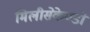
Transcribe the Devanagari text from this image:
मिलीसेकेण्डों